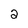
Character: 2